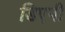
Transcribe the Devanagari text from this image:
डिएपी